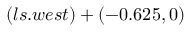
( l s . w e s t ) + ( - 0 . 6 2 5 , 0 )